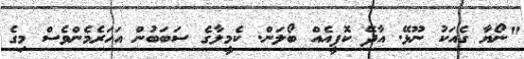
"ނޯޔާ ގެއަކު ނޫޅޭ. އާދޭ ކޮފީއެއް ބޯލަން. ކެމީލާގެ ސަބަބުން އަހަރެމެންވެސް މިގެ